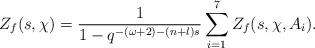
LaTeX: \begin{align*}Z_f(s, \chi)=\dfrac{1}{1-q^{-(\omega+2)-(n+l)s}}\sum_{i=1}^{7}Z_f(s, \chi, A_i).\end{align*}